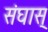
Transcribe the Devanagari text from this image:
संघास्